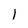
Character: l